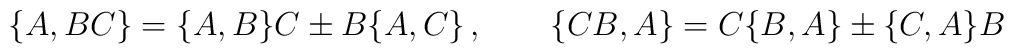
\{ A , BC \} = \{ A , B\} C \pm B \{ A, C \}\, , \qquad  \{ CB , A \} = C \{ B , A\} \pm \{ C, A \} B